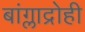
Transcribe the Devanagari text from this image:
बांग्लाद्रोही